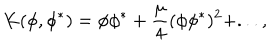
LaTeX: K ( \phi , \phi ^ { * } ) = \phi \phi ^ { * } + \frac { \mu } { 4 } ( \phi \phi ^ { * } ) ^ { 2 } + . . . ,